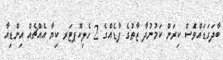
ބާދަގަޑައްވެަސް ކިރަން ކަމުނުދާ ޒާތުގެ ފާޑެއްގެ 2 ހެލިކޮޕޓަރ ކިޔާ އެއްޗެއް އިންޑިއާ